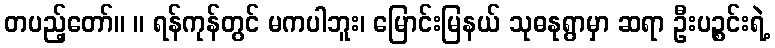
တပည့်တော်။ ။ ရန်ကုန်တွင် မကပါဘူး၊ မြောင်းမြနယ် သုဓနုရွာမှာ ဆရာ ဦးပဉ္စင်းရဲ့